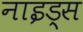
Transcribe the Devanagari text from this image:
नाइड्स